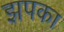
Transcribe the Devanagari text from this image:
झपका